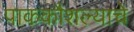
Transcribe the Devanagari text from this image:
पाककौशल्याचे